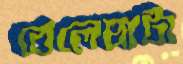
বেলেঘাটা